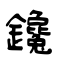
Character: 鑱